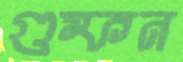
গুম্ফন